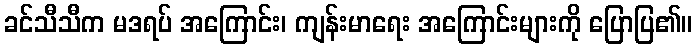
ခင်သီသီက မဒရပ် အကြောင်း၊ ကျန်းမာရေး အကြောင်းများကို ပြောပြ၏။